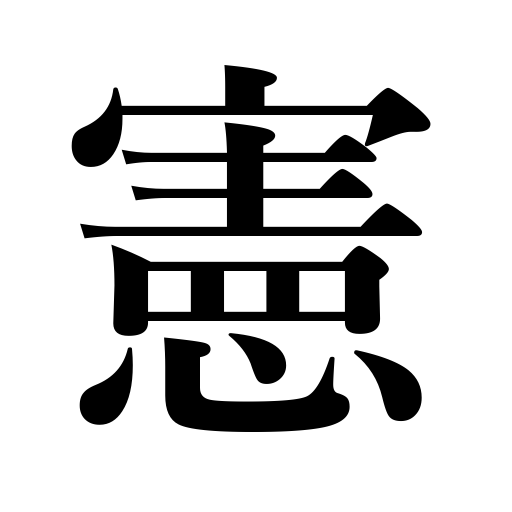
Meanings: law